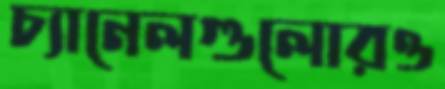
চ্যানেলগুলোরও